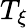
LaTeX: T_{\xi}